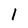
Character: l